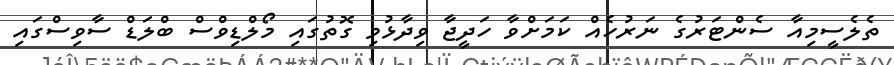
ތެލެސީމިއާ ސެންޓަރުގެ ނަރުހެއް ކަމަށްވާ ހަދީޖާ ވިދާޅުވި ގޮތުގައި މޯލްޑިވްސް ބްލަޑް ސާވިސްގައި